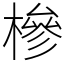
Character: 槮